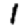
Digit: 1